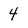
Character: 4